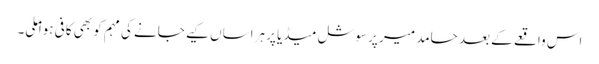
اس واقعے کے بعد حامد میر پر سوشل میڈیا پر ہراساں کیے جانے کی مہم کو بھی کافی ہوا ملی۔